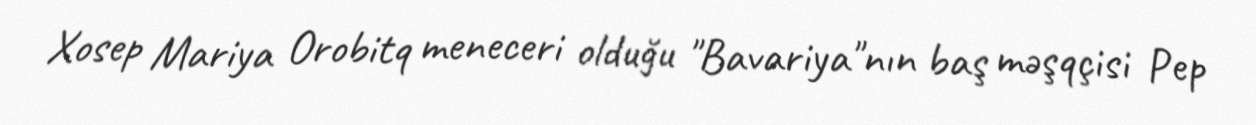
Xosep Mariya Orobitq meneceri olduğu "Bavariya"nın baş məşqçisi Pep